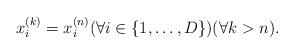
LaTeX: \begin{align*} x^{(k)}_{i} = x^{(n)}_{i} (\forall i \in \{ 1, \dots, D \}) (\forall k > n). \end{align*}